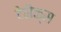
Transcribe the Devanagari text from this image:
टेनैक्स